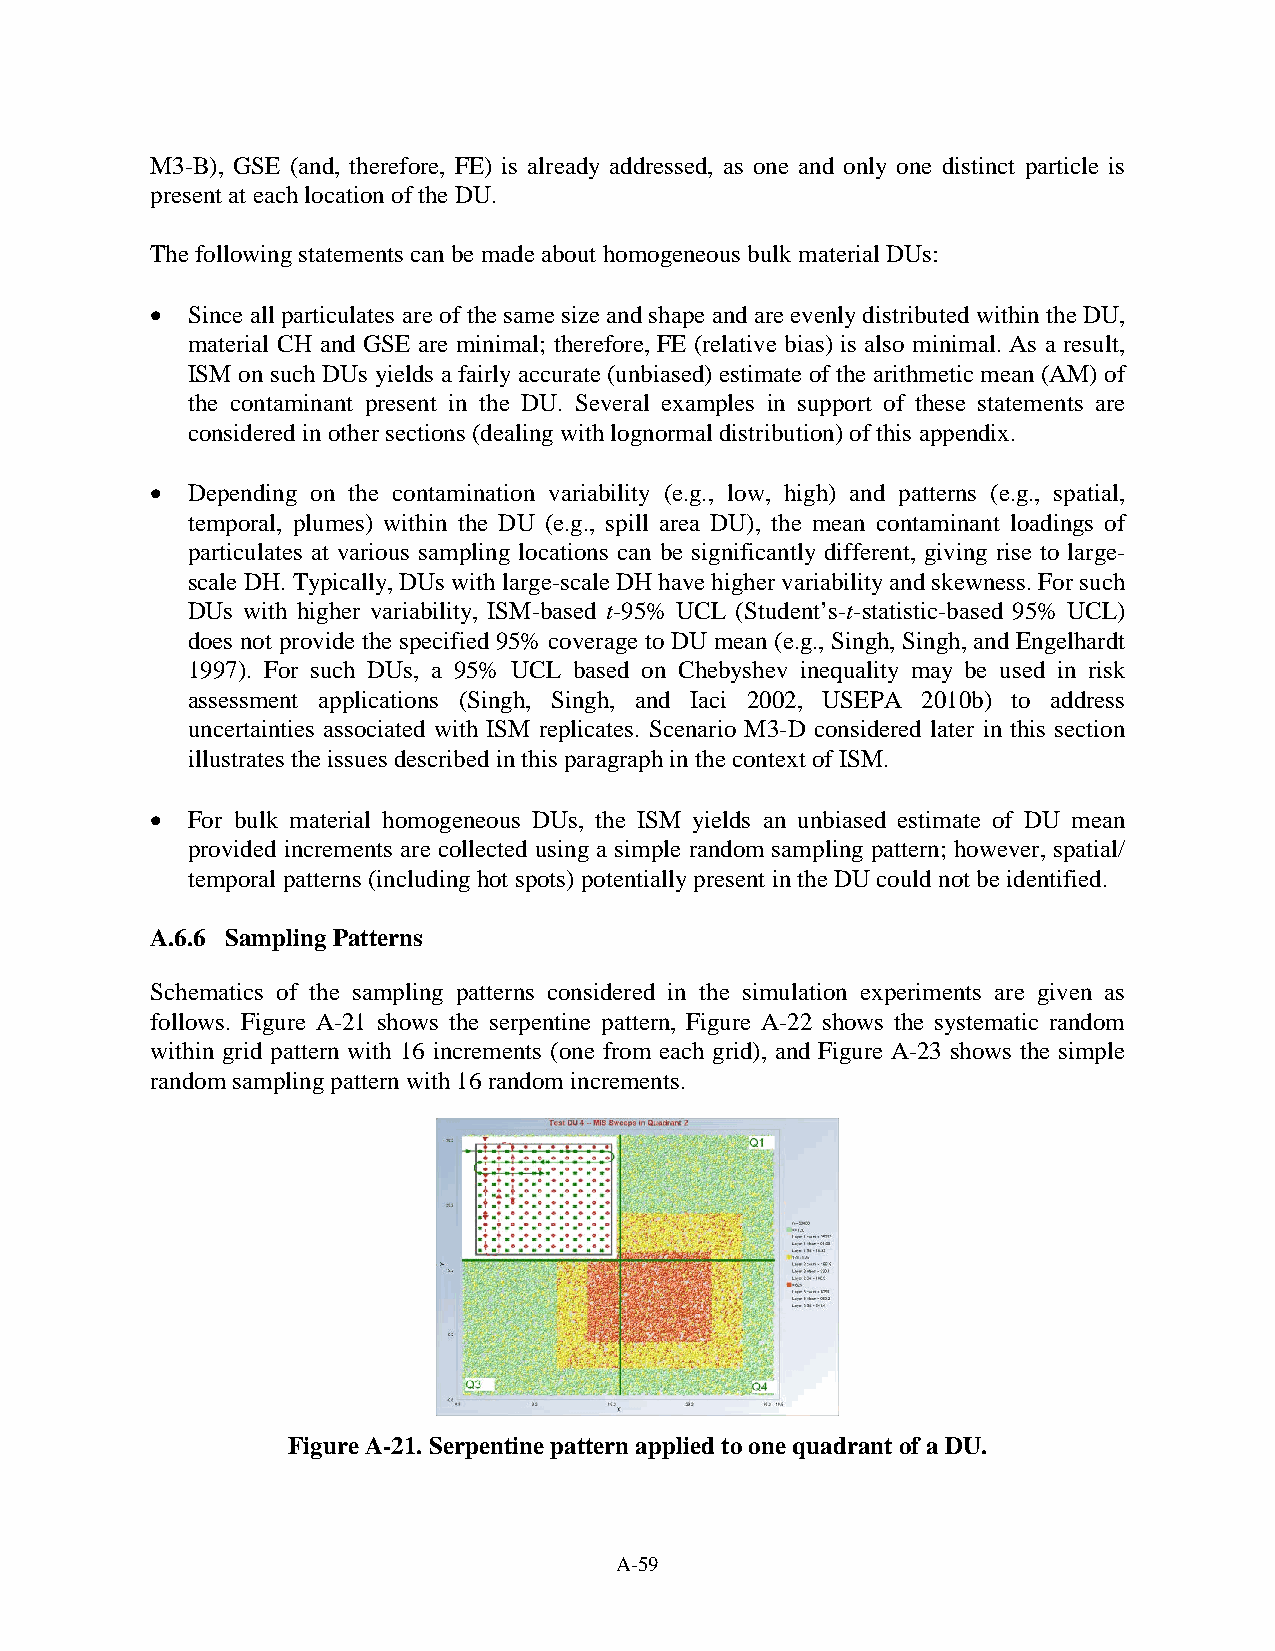
M3-B), GSE (and, therefore, FE) is already addressed, as one and only one distinct particle is
 present at each location of the DU.
 The following statements can be made about homogeneous bulk material DUs:
 • Since all particulates are of the same size and shape and are evenly distributed within the DU,
 material CH and GSE are minimal; therefore, FE (relative bias) is also minimal. As a result,
 ISM on such DUs yields a fairly accurate (unbiased) estimate of the arithmetic mean (AM) of
 the contaminant present in the DU. Several examples in support of these statements are
 considered in other sections (dealing with lognormal distribution) of this appendix.
 • Depending on the contamination variability (e.g., low, high) and patterns (e.g., spatial,
 temporal, plumes) within the DU (e.g., spill area DU), the mean contaminant loadings of
 particulates at various sampling locations can be significantly different, giving rise to large-
 scale DH. Typically, DUs with large-scale DH have higher variability and skewness. For such
 DUs with higher variability, ISM-based t-95% UCL (Student’s-t-statistic-based 95% UCL)
 does not provide the specified 95% coverage to DU mean (e.g., Singh, Singh, and Engelhardt
 1997). For such DUs, a 95% UCL based on Chebyshev inequality may be used in risk
 assessment applications (Singh, Singh, and Iaci 2002, USEPA 2010b) to address
 uncertainties associated with ISM replicates. Scenario M3-D considered later in this section
 illustrates the issues described in this paragraph in the context of ISM.
 • For bulk material homogeneous DUs, the ISM yields an unbiased estimate of DU mean
 provided increments are collected using a simple random sampling pattern; however, spatial/
 temporal patterns (including hot spots) potentially present in the DU could not be identified.
 A.6.6 Sampling Patterns
 Schematics of the sampling patterns considered in the simulation experiments are given as
 follows. Figure A-21 shows the serpentine pattern, Figure A-22 shows the systematic random
 within grid pattern with 16 increments (one from each grid), and Figure A-23 shows the simple
 random sampling pattern with 16 random increments.
 Figure A-21. Serpentine pattern applied to one quadrant of a DU.
 A-59